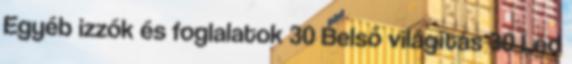
Egyéb izzók és foglalatok 30 Belső világítás 30 Led